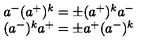
\begin{array} { c } { a ^ { - } ( a ^ { + } ) ^ { k } = \pm ( a ^ { + } ) ^ { k } a ^ { - } } \\ { ( a ^ { - } ) ^ { k } a ^ { + } = \pm a ^ { + } ( a ^ { - } ) ^ { k } } \\ \end{array}